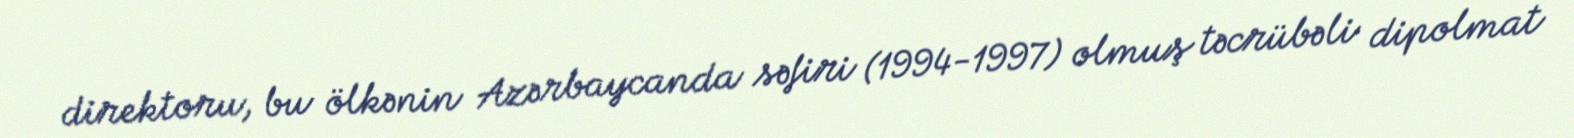
direktoru, bu ölkənin Azərbaycanda səfiri (1994-1997) olmuş təcrübəli dipolmat